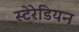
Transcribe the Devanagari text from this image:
स्‍टेरेडियन